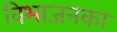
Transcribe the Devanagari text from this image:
विभाजनका